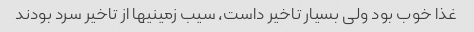
غذا خوب بود ولی بسیار تاخیر داست، سیب زمینیها از تاخیر سرد بودند